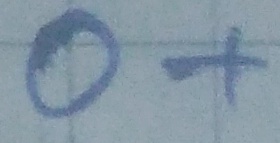
Text: O+